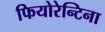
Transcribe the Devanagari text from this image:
फियोरेन्टिना